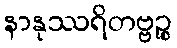
နာနုဿရိတဗ္ဗဉ္စ